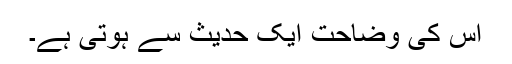
اس کی وضاحت ایک حدیث سے ہوتی ہے۔